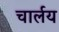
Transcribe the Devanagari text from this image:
चार्लय